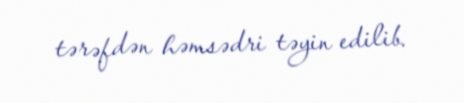
tərəfdən həmsədri təyin edilib.